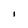
Character: I